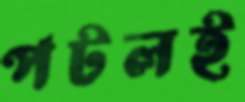
পটলই